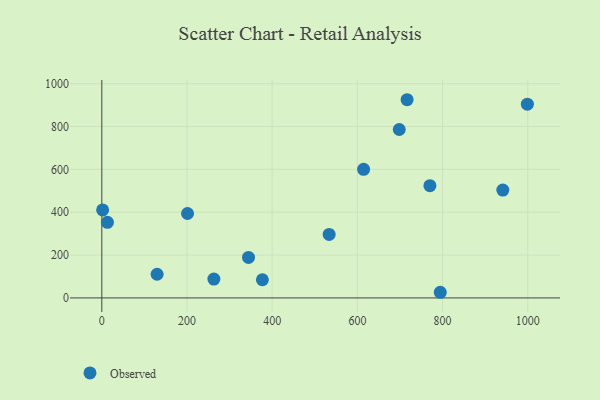
{"axis": {"x": "Distance", "y": "Demand"}, "legend": ["Observed"], "data": [{"x": "201.2", "y": 394.1, "type": "Observed"}, {"x": "614.6", "y": 600.4, "type": "Observed"}, {"x": "129.8", "y": 110.5, "type": "Observed"}, {"x": "698.3", "y": 786.2, "type": "Observed"}, {"x": "716.7", "y": 925.1, "type": "Observed"}, {"x": "377.0", "y": 84.7, "type": "Observed"}, {"x": "344.4", "y": 189.0, "type": "Observed"}, {"x": "999.1", "y": 904.5, "type": "Observed"}, {"x": "1.9", "y": 410.8, "type": "Observed"}, {"x": "941.5", "y": 503.4, "type": "Observed"}, {"x": "13.2", "y": 352.9, "type": "Observed"}, {"x": "770.3", "y": 524.0, "type": "Observed"}, {"x": "263.1", "y": 88.1, "type": "Observed"}, {"x": "533.7", "y": 296.3, "type": "Observed"}, {"x": "794.6", "y": 26.3, "type": "Observed"}]}